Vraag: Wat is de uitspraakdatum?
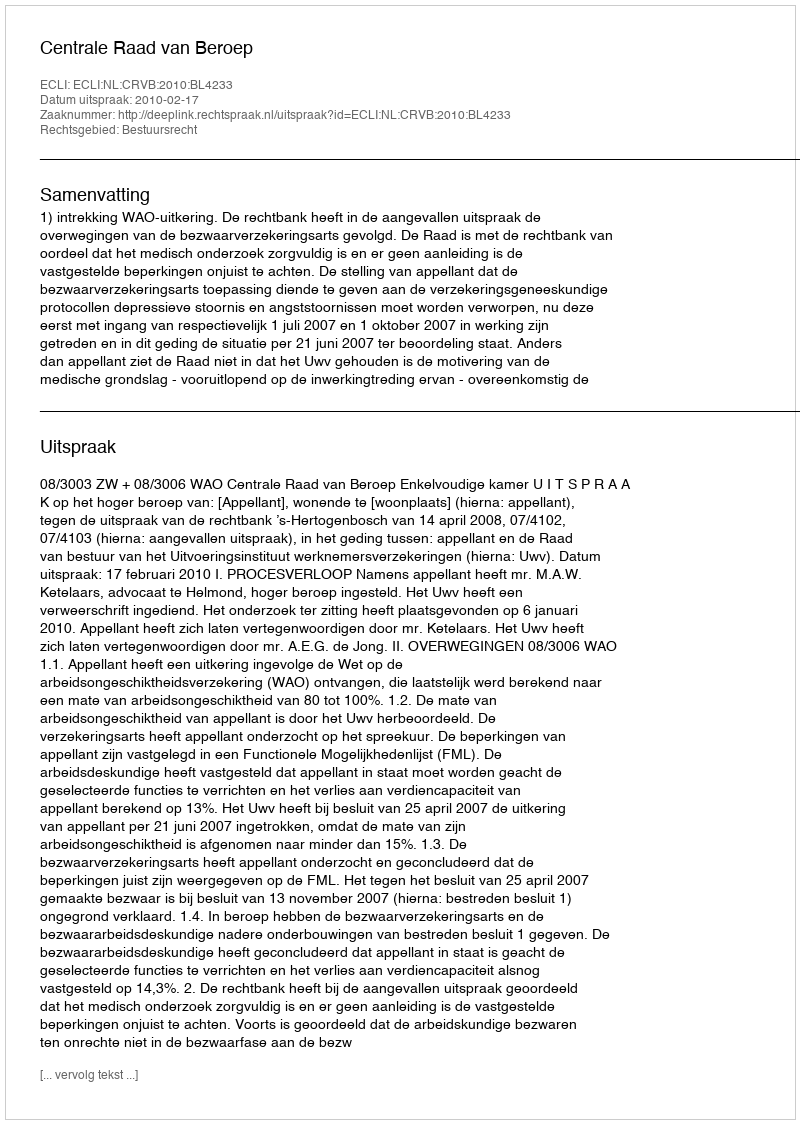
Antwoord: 2010-02-17